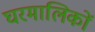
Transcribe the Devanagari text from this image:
घरमालिकों